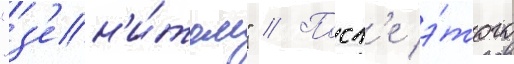
"з'ен'и́том" // Посл'е э́того